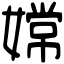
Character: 嫦